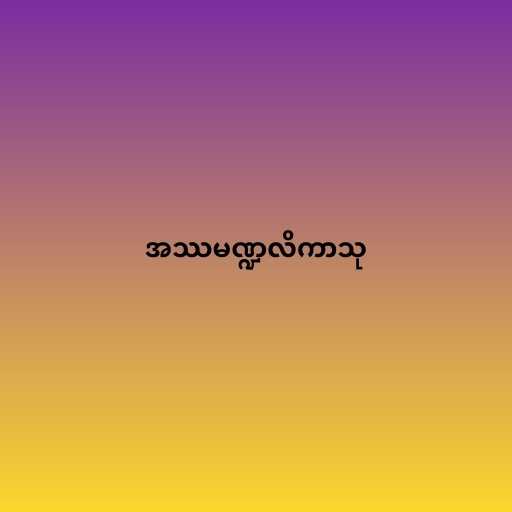
အဿမဏ္ဍလိကာသု